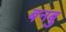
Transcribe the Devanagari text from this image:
बनबु